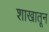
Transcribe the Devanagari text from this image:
शाखातून